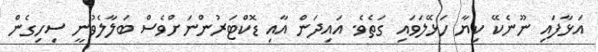
އަޅާފައި ނޫނެކޭ ކިޔާ ހަޅޭލަވައި ގަތެވެ. އައިދަން އާއި ޑޮކްޓަރުންނަށްވެސް ބަލާލެވުނީ ސިހިގެން